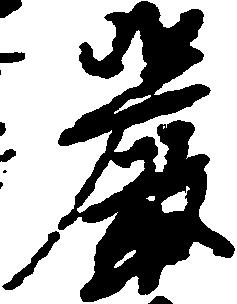
厳